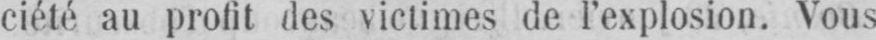
ciété au profit des victimes de l’explosion. Vous